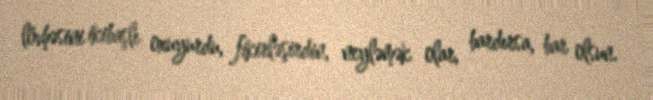
lövhəsini ikibaşlı oxuyurdu, fikirləşirdin, neyləmək olar, bardırsa, bar olsun.